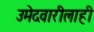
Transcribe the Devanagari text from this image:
उमेदवारीलाही